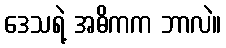
ဒေသရဲ့ အဓိကက ဘာလဲ။